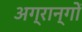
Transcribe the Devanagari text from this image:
अग्रान्गों